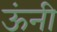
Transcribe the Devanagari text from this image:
ऊंनी